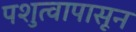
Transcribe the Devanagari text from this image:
पशुत्वापासून